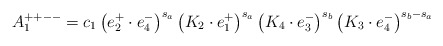
\begin{align*}A_1^{++--}=c_1 \left(e_2^+\cdot e_4^-\right)^{s_a} \left(K_2\cdot e_1^+\right)^{s_a} \left(K_4\cdot e_3^-\right)^{s_b}\left(K_3\cdot e_4^-\right)^{s_b-s_a}\end{align*}